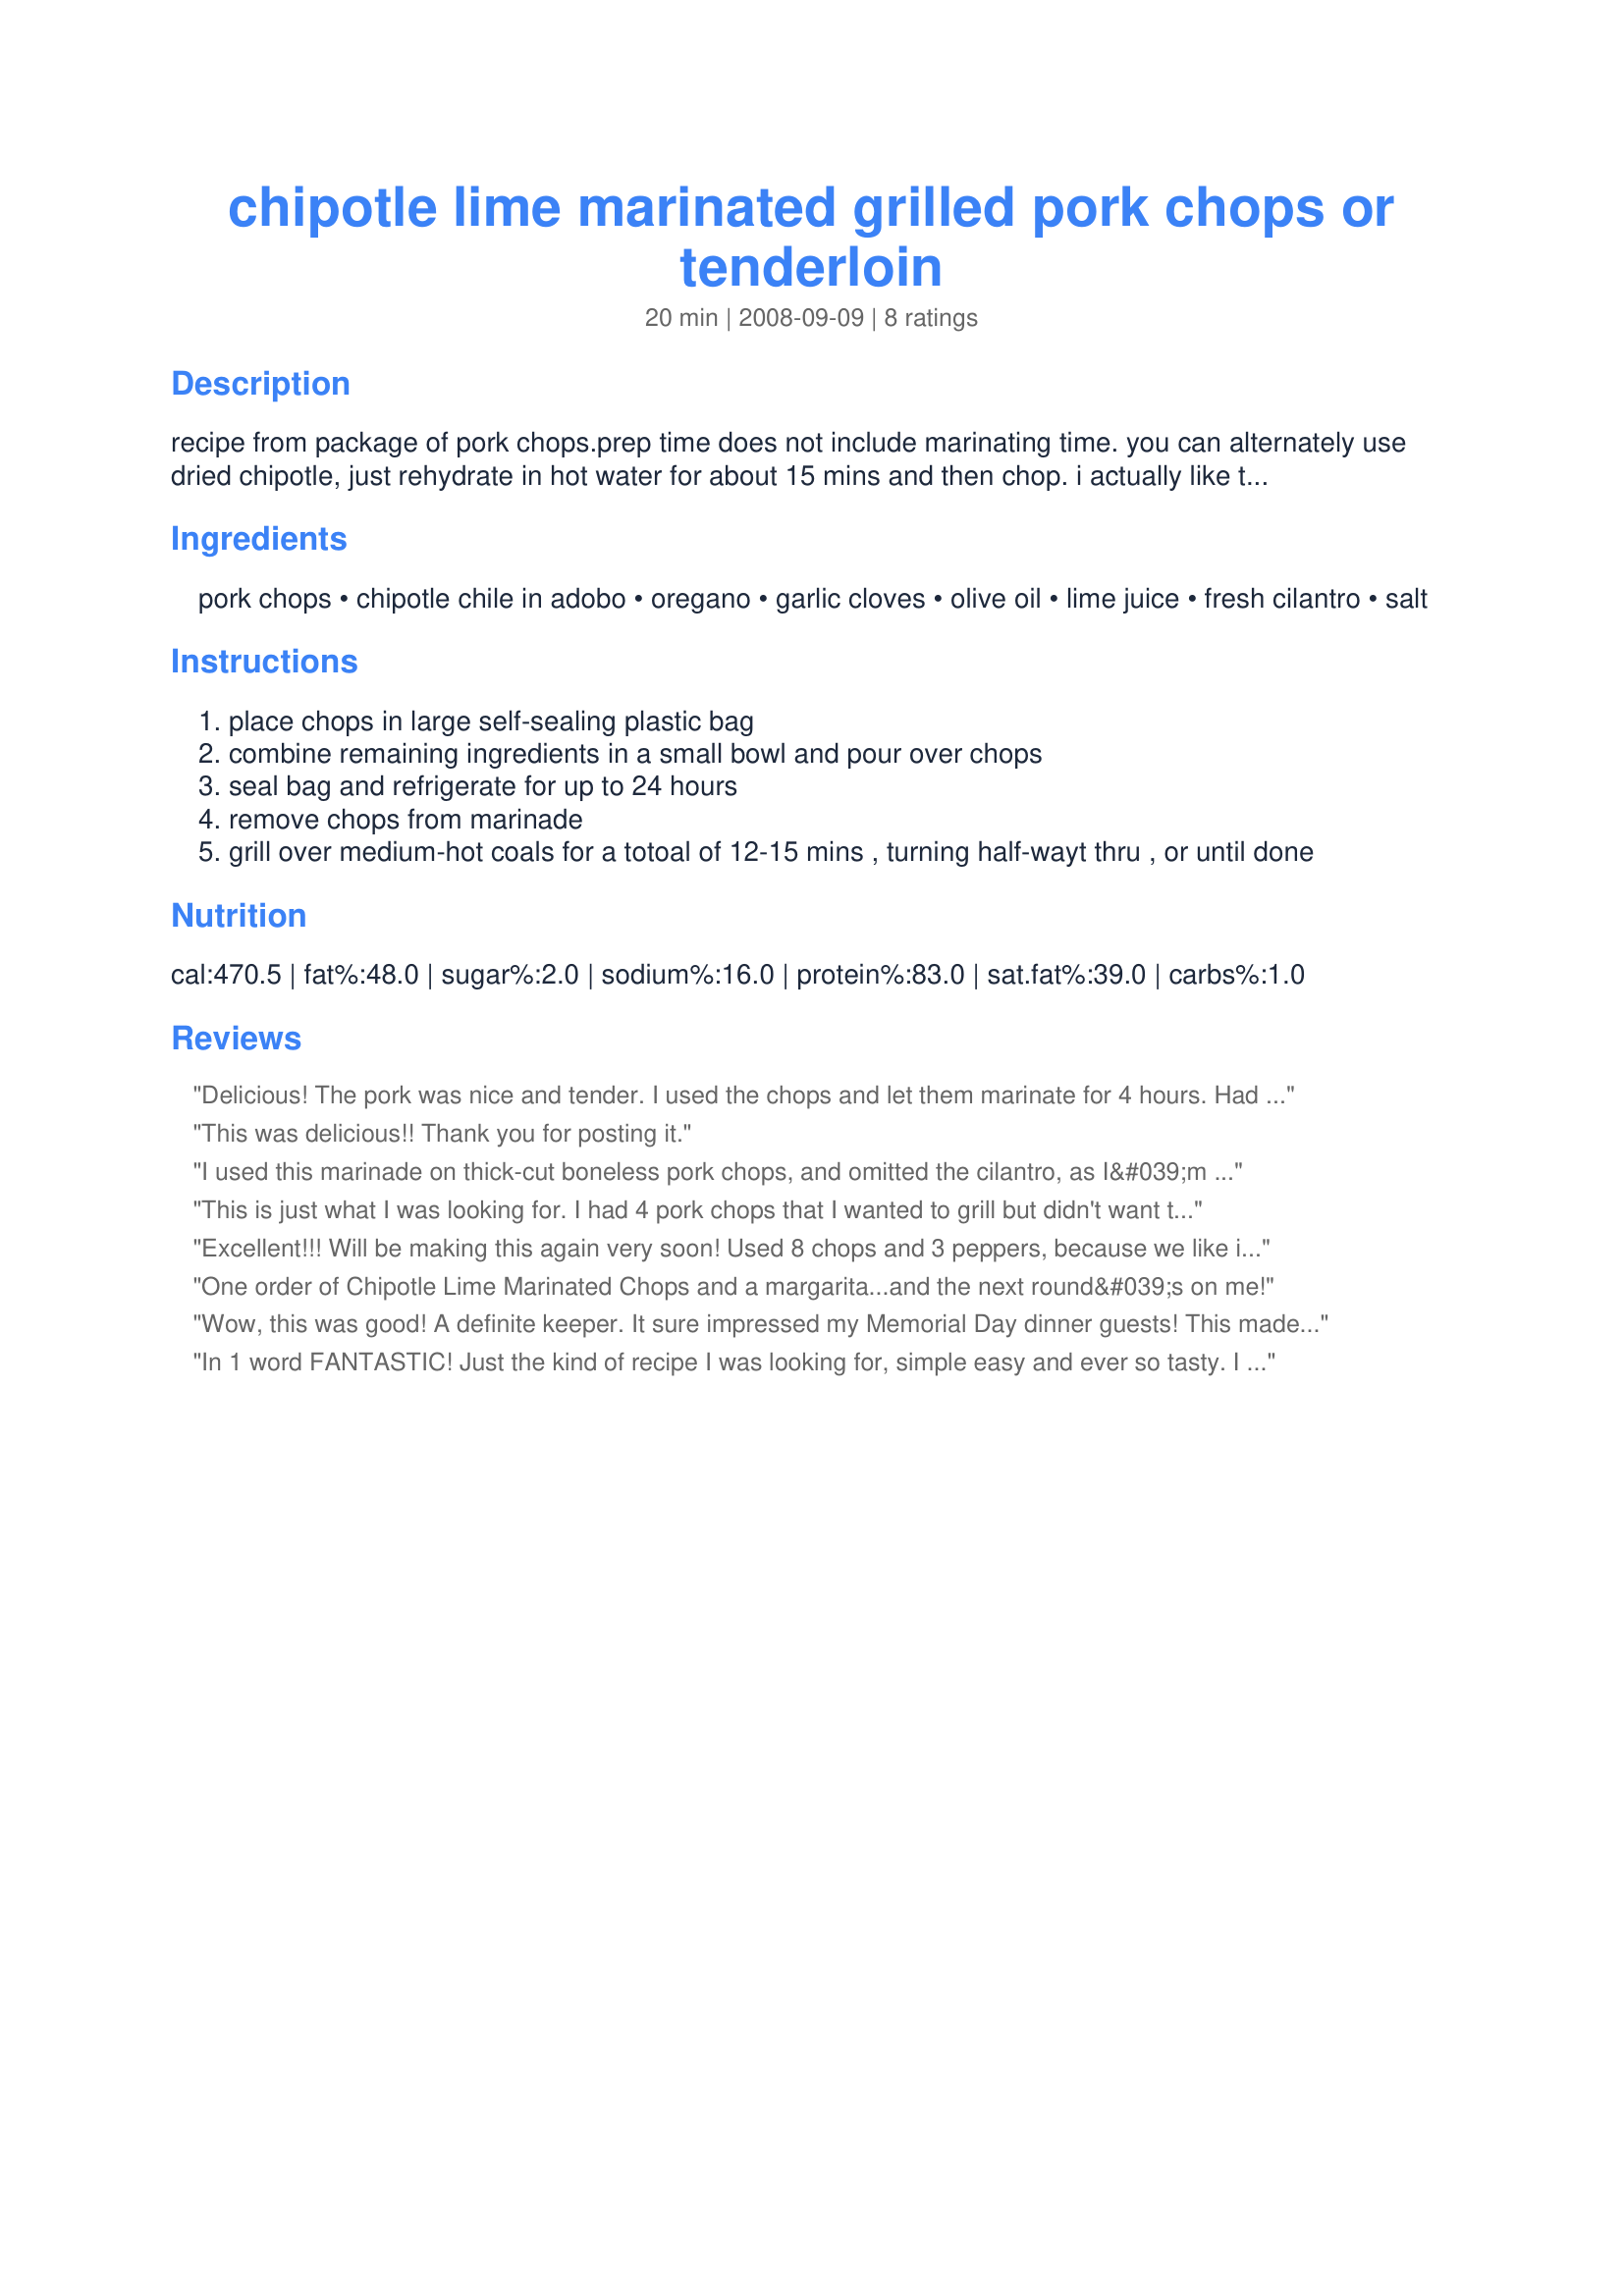
chipotle lime marinated grilled pork chops or tenderloin
Preparation time: 20 minutes

recipe from package of pork chops.prep time does not include marinating time. you can alternately use dried chipotle, just rehydrate in hot water for about 15 mins and then chop.
i actually like this better as a marinade for pork tenderloin.

Ingredients:
pork chops, chipotle chile in adobo, oregano, garlic cloves, olive oil, lime juice, fresh cilantro, salt

Steps:
place chops in large self-sealing plastic bag
combine remaining ingredients in a small bowl and pour over chops
seal bag and refrigerate for up to 24 hours
remove chops from marinade
grill over medium-hot coals for a totoal of 12-15 mins , turning half-wayt thru , or until done

Reviews:
Delicious! The pork was nice and tender. I used the chops and let them marinate for 4 hours. Had just a touch of lime taste. Grilling time was spot on. Thanks for posting. :)
This was delicious!! Thank you for posting it.
I used this marinade on thick-cut boneless pork chops, and omitted the cilantro, as I&#039;m not a fan. Let the chops marinate for 24 hours, then put them, plus the excess marinade in the slow-cooker for 6 hours on low. Shredded the pork then used it in burritos. Absolutely delicious.
This is just what I was looking for. I had 4 pork chops that I wanted to grill but didn't want them to be dry. These turned out so flavorful and moist. The grilling time was perfect for me as I'm just starting to grill. I did add 1 more garlic clove, personal preference. I'll be using this often.
Excellent!!! Will be making this again very soon! Used 8 chops and 3 peppers, because we like it spicy. It was perfect. The pork was very tender and moist with great flavor. Thanks for posting!
One order of Chipotle Lime Marinated Chops and a margarita...and the next round&#039;s on me!
Wow, this was good! A definite keeper. It sure impressed my Memorial Day dinner guests! This made enough for me to marinate three pork tenderloins. Even though I didn't use nearly enough lime juice (darn those juiceless limes!), it was still delicious. The marinade smells so good once all the ingredients come together. Next time I'll marinate the meat longer, so the flavor really gets into the meat. I only had time to marinate it two hours.
In 1 word FANTASTIC! Just the kind of recipe I was looking for, simple easy and ever so tasty. I had wondferul thick boneless porkchops that I had planned on stuffing but after seeing the marinade I knew it wouldn't be necessary. I only marinaded for a little over an hour but next time I'll try for 24 as for a richer taste. I did use a fork and poked holes in the chops on all 4 sides to allow the marinade to enter. I used a can of chipotle sauce instead of the chilis in sauce and I added 1 tsp of oil and grilled them turning every 5 minutes pouring a little of the marinade on top each time. Served this with grilled corn on the cob along with a cold Italian pasta salad. Great recipe!
